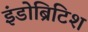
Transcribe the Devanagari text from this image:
इंडोब्रिटिश